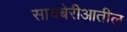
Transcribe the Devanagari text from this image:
सायबेरीआतील